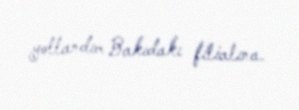
yollandım Bakıdakı filialına.